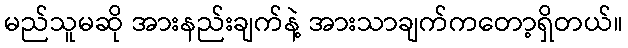
မည်သူမဆို အားနည်းချက်နဲ့ အားသာချက်ကတော့ရှိတယ်။